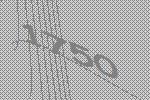
1750